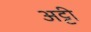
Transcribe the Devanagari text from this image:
अट्टी